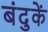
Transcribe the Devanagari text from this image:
बंदुकें